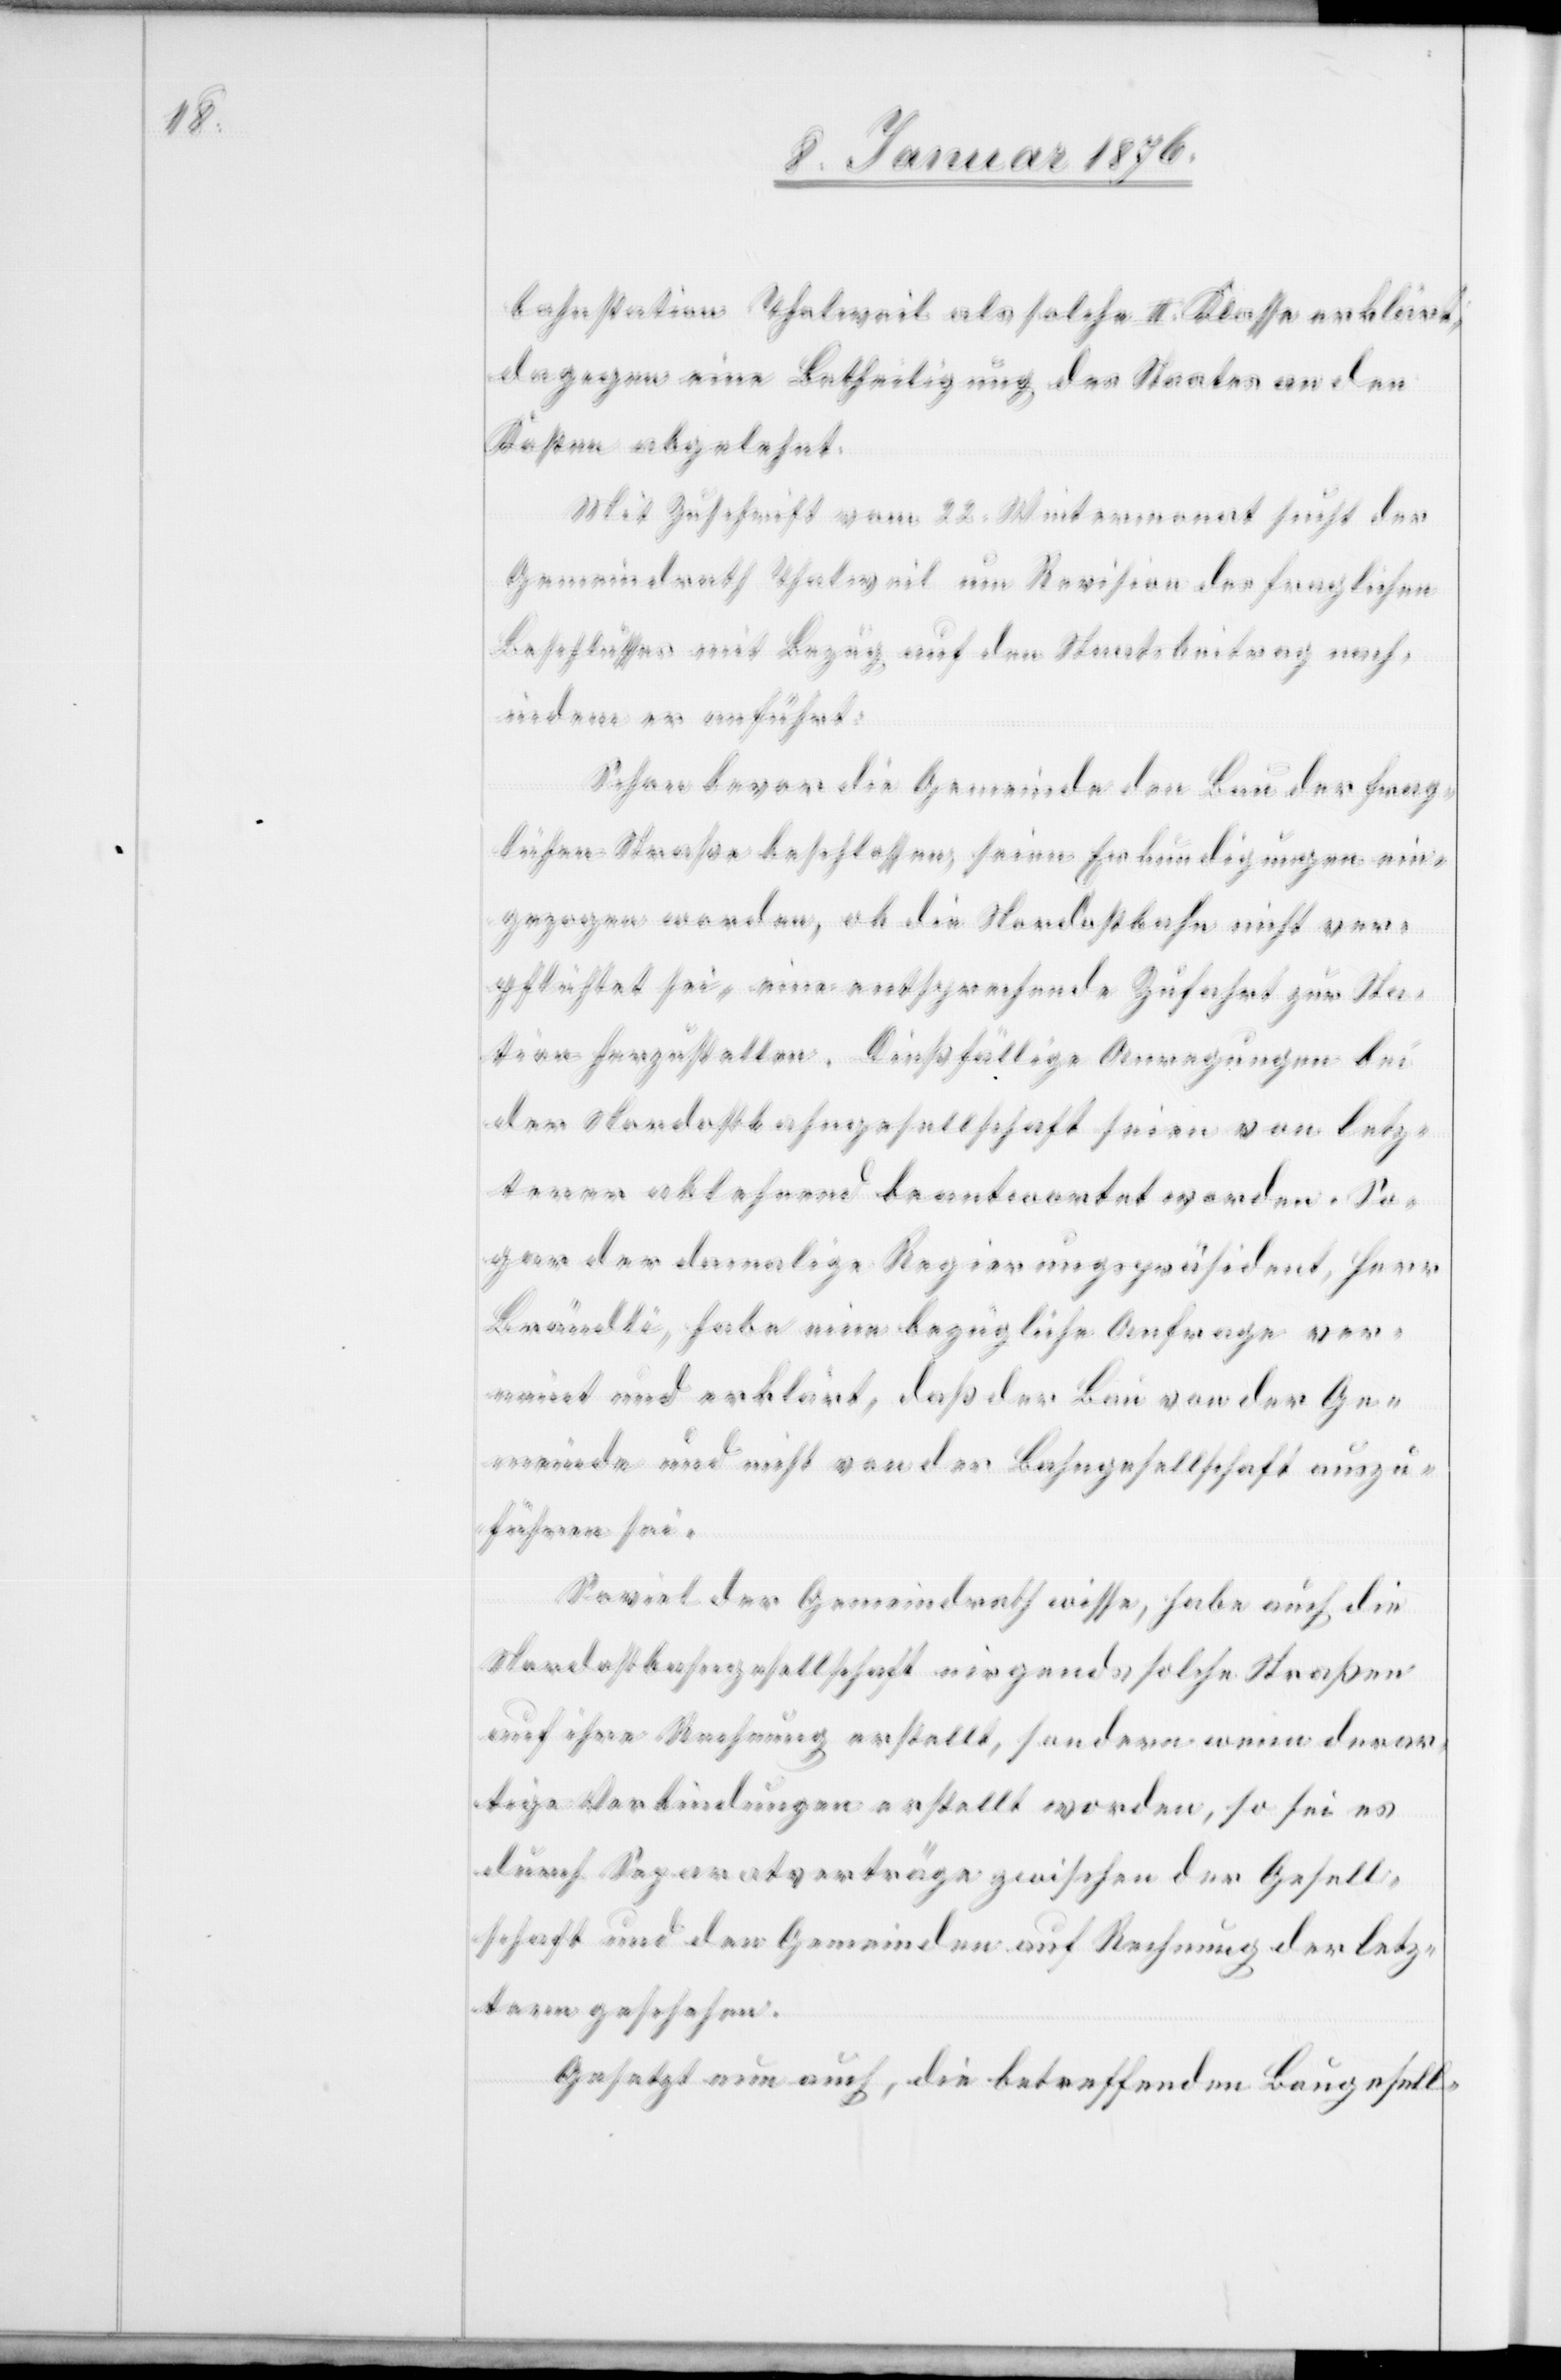
bahnstation Thalweil als solche II. Klasse erklärt;
dagegen eine Betheiligung des Staates an den
Kosten abgelehnt.
Mit Zuschrift vom 22. Wintermonat sucht der
Gemeindrath Thalweil um Revision des fraglichen
Beschlusses mit Bezug auf den Staatsbeitrag nach,
indem er anführt:
Schon bevor die Gemeinde den Bau der frag¬
lichen Straße beschlossen, seien Erkundigungen ein¬
gezogen worden, ob die Nordostbahn nicht ver¬
pflichtet sei, eine entsprechende Zufahrt zur Sta¬
tion herzustellen. Dießfällige Anregungen bei
der Nordostbahngesellschaft seien von letz¬
teren ablehnend beantwortet worden. So¬
gar der damalige Regierungspräsident, Herr
Brändli, habe eine bezügliche Anfrage ver¬
neint und erklärt, daß der Bau von der Ge¬
meinde und nicht von der Bahngesellschaft auszu¬
führen sei.
Soviel der Gemeindrath wisse, habe auch die
Nordostbahngesellschaft nirgends solche Straßen
auf ihre Rechnung erstellt, sondern wenn derar¬
tige Verbindungen erstellt worden, so sei es
durch Separatverträge zwischen der Gesell¬
schaft und den Gemeinden auf Rechnung der letz¬
tern geschehen.
Gesetzt nun auch, die betreffenden Baugesell-